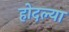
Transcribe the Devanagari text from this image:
होदल्या